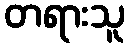
တရားသူ